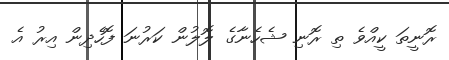
ރޮނީތަ ކީއްވެ ތި ރޮނި ޝެހެނާގެ ލޮލުން ކަރުނަ ފޮހެދިން އިރު އެ